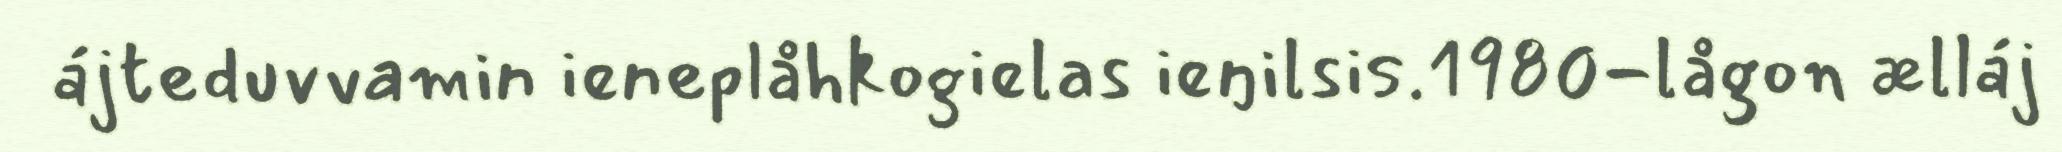
ájteduvvamin ieneplåhkogielas ieŋilsis.1980-lågon ælláj